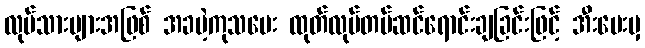
လုပ်သားများအဖြစ် အခမဲ့ကုသပေး ထုတ်လုပ်တပ်ဆင်ရောင်းချခြင်းဖြင့် အီးမေးမှ